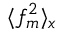
\langle f _ { m } ^ { 2 } \rangle _ { x }